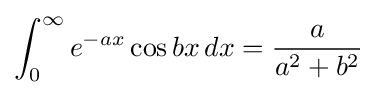
\int _{0}^{\infty }e^{-ax}\cos bx\,dx={\frac {a}{a^{2}+b^{2}}}